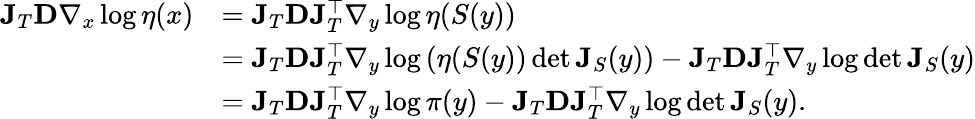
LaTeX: \begin{array}{rl}{\mathbf{J}_{T}\mathbf{D}\nabla_{x}\log\eta(x)}&{=\mathbf{J}_{T}\mathbf{D}\mathbf{J}_{T}^{\top}\nabla_{y}\log\eta(S(y))}\\ &{=\mathbf{J}_{T}\mathbf{D}\mathbf{J}_{T}^{\top}\nabla_{y}\log\left(\eta(S(y))\operatorname*{det}\mathbf{J}_{S}(y)\right)-\mathbf{J}_{T}\mathbf{D}\mathbf{J}_{T}^{\top}\nabla_{y}\log\operatorname*{det}\mathbf{J}_{S}(y)}\\ &{=\mathbf{J}_{T}\mathbf{D}\mathbf{J}_{T}^{\top}\nabla_{y}\log\pi(y)-\mathbf{J}_{T}\mathbf{D}\mathbf{J}_{T}^{\top}\nabla_{y}\log\operatorname*{det}\mathbf{J}_{S}(y).}\end{array}